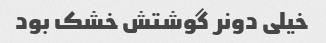
خیلی دونر گوشتش خشک بود